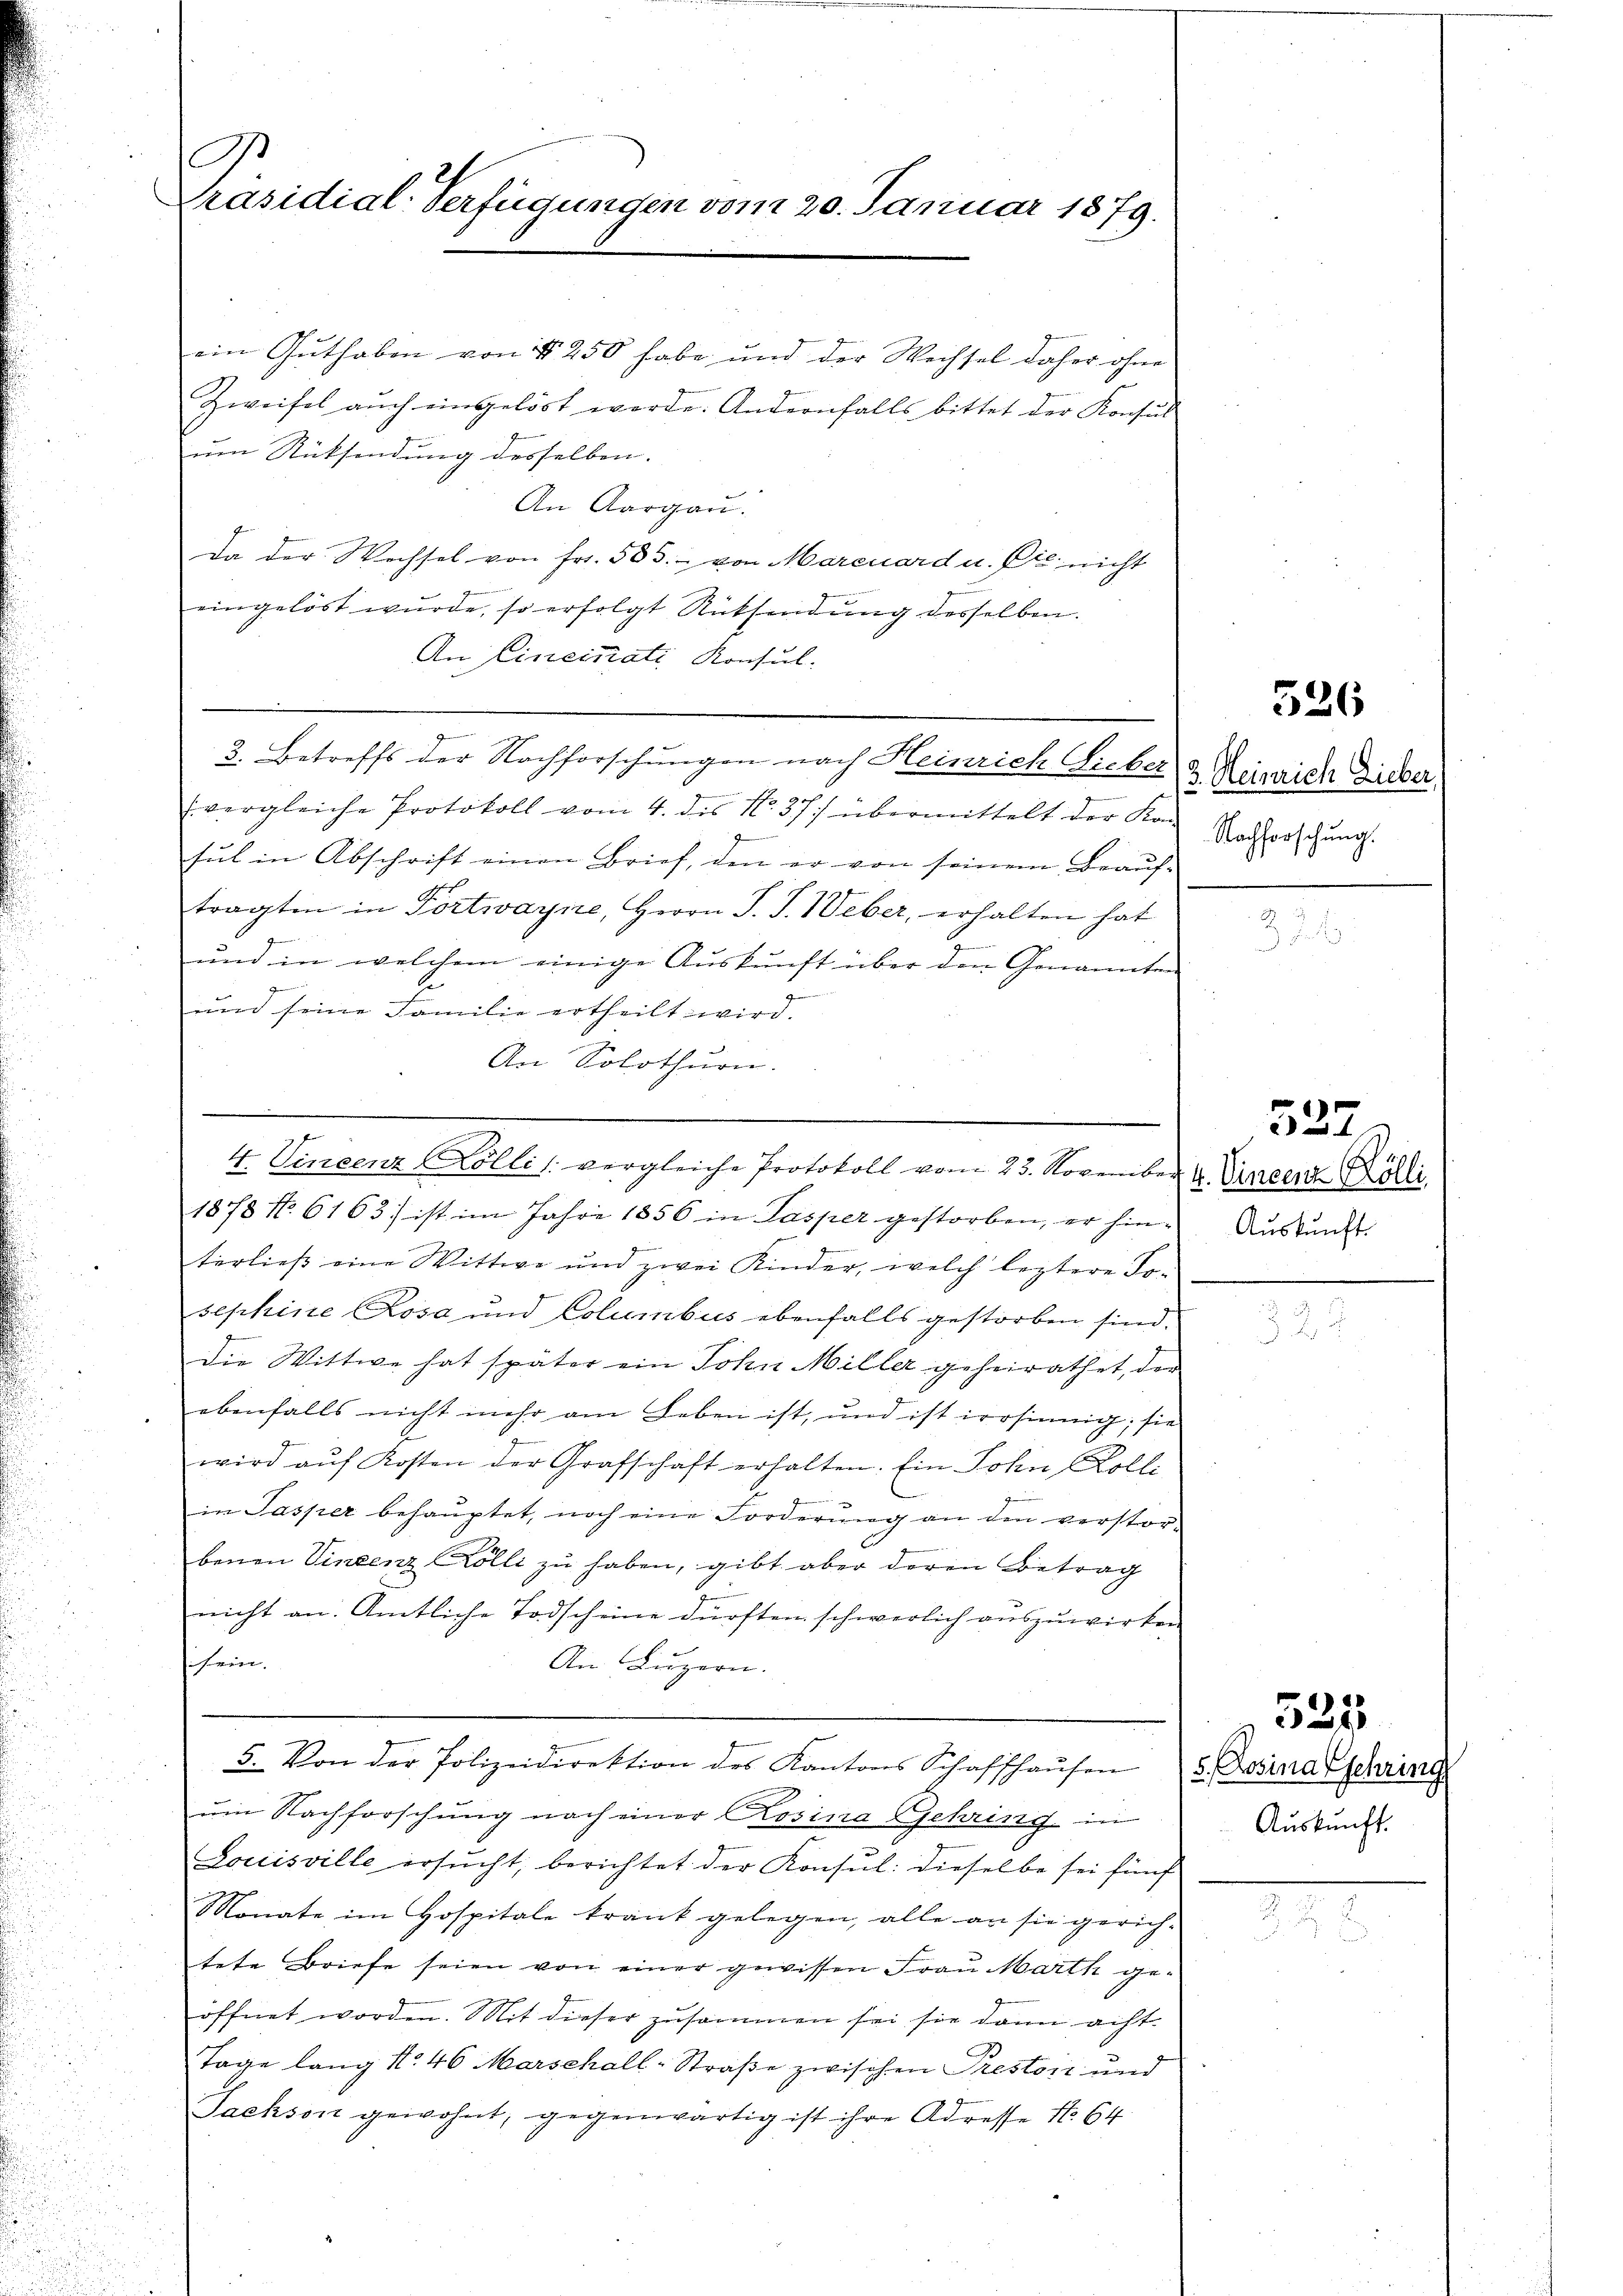
G
Präsidial-Verfügungen vom 20. Januar 1879.

ein Guthaben von § 250 habe und der Wechsel daher ohne
Zweifel auch eingelöst werde. Andernfalls bittet der Konsul
um Rücksendung desselben.
An Aargau.
Da der Wechsel von Fr. 503. von Marcuard u. Die nicht
eingelöst wurde, so erfolgt Rücksendung desselben.
An Einemati Konsul-
2. Betreffs der Nachforschungen nach Heinrich Lieber
e
(vergleiche Protokoll vom 4. dis No. 37) übermittelt der Kon-
9
sul in Abschrift einen Brief, den er von seinem Beaŭf-
Ao. 1.
tragten in Portwayne, Herrn J. J. Weber, erhalten hat
und in welchem einige Auskunft über den Genannten
zu
und seine Familie ertheilt wird.
An Solothurn.
4. Vincenz (Zollis vergleiche Protokoll vom 23. November 1. Vincenz Willi
1878 No. 6163. ist im Jahre 1856 in Pasper gestorben, er hinterließ eine Wittwe und zwei Kinder, welch leztere Tosephine Rosa und Columbus ebenfalls gestorben sind.
Die Wittwe hat später ein Sohn Miller geheirathet, der
ebenfalls nicht mehr am Leben ist, und ist irrsinnig, sie
wird aŭf Kosten der Grafschaft erhalten. Ein Sohn Kolle
in Pasper behauptet, noch eine Forderŭng an den verstor-
benen Vincenz Zolli zu haben, gibt aber deren Betrag
nicht an. Amtliche Todscheine dürften schwerlich auszuwirken
sein.
An Luzern.
5. Von der Polizeidirektion des Kantons Schaffhaŭsens. Dosina Eschring
um Nachforschung nach einer Rosina Gehring in
Louisville ersucht, berichtet der Konsul: dieselbe sei fünf
Monate im Hospitale krank gelegen, alle an sie gerich-
tete Briefe seien von einer gewissen Fraŭ Marth ge-
öffnet worden. Mit dieser zusammen sei sie dann acht
Tage lang No 46 Marschall-Straße zwischen Preston und
Sachson gewohnt, gegenwärtig ist ihre Adresse No 64

526

3. Heinrich Lieber,
Nachforschung.

Auskunft.

527.

Auskunft.

525